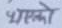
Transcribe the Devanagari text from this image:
भएको